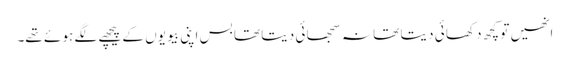
انھیں تو کچھ د کھا ئی د یتا تھا نہ سجھا ئی د یتا تھا بس اپنی بیو یوں کے پیچھے لگے ہو ئے تھے۔